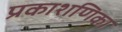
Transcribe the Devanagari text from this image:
प्रकाशणिका